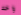
واحد